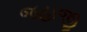
જહાજી